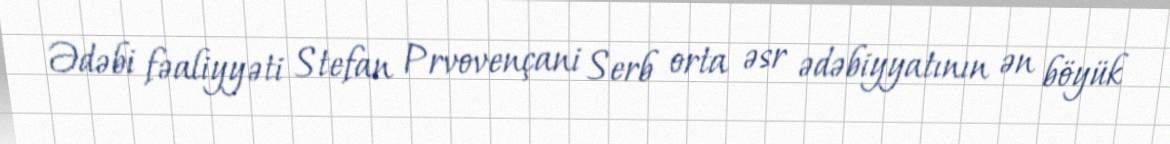
Ədəbi fəaliyyəti Stefan Prvovençani Serb orta əsr ədəbiyyatının ən böyük